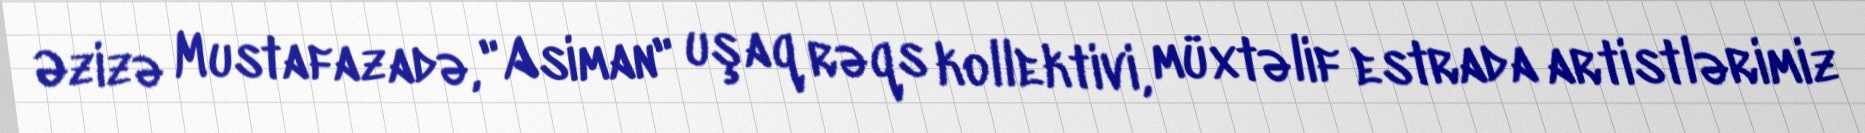
Əzizə Mustafazadə, "Asiman" uşaq rəqs kollektivi, müxtəlif estrada artistlərimiz